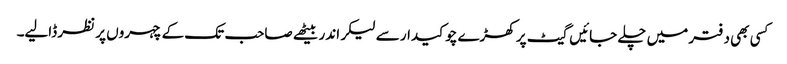
کسی بھی دفتر میں چلے جائیں گیٹ پر کھڑے چوکیدار سے لیکر اندر بیٹھے صاحب تک کے چہروں پر نظر ڈالیے۔